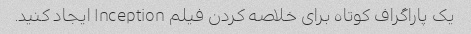
یک پاراگراف کوتاه برای خلاصه کردن فیلم Inception ایجاد کنید.